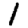
Digit: 1